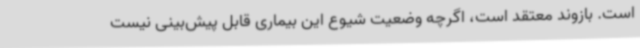
است. بازوند معتقد است، اگرچه وضعیت شیوع این بیماری قابل پیش‌بینی نیست